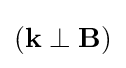
\left(\mathbf {k} \perp \mathbf {B} \right)